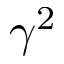
\gamma ^ { 2 }